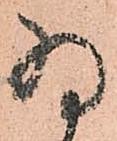
為